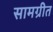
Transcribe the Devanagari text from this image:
सामग्रीत